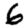
Digit: 6